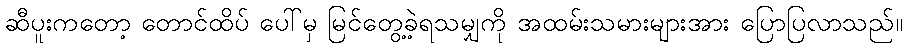
ဆီပူးကတော့ တောင်ထိပ် ပေါ်မှ မြင်တွေ့ခဲ့ရသမျှကို အထမ်းသမားများအား ပြောပြလာသည်။